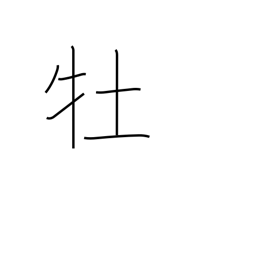
Meaning: male